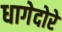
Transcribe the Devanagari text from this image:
धागेदोरे